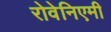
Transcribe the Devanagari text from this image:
रोवेनिएमी